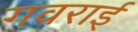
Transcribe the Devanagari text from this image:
गवराई